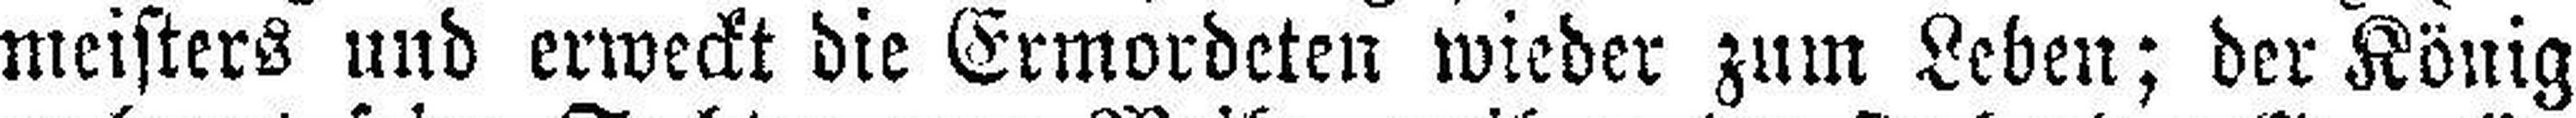
meisters und erweckt die Ermordeten wieder zum Leben; der König